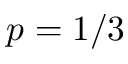
p = 1 / 3